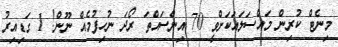
މިނެޓް ކުރިން މައްސަލައަކަށްވީ 70 އިންސައްތަ ރޯދަ ނުހިފުމެއް ނޫން! 1 ގަޑިއިރު